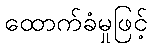
ထောက်ခံမှုဖြင့်